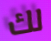
لك